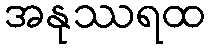
အနုဿရထ